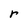
Character: r